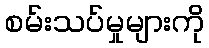
စမ်းသပ်မှုများကို